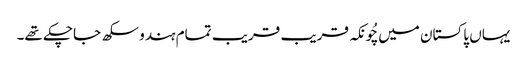
یہاں پاکستان میں چُونکہ قریب قریب تمام ہندو سکھ جاچکے تھے۔